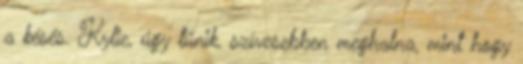
a késés. Kylie, úgy tűnik, szívesebben meghalna, mint hogy